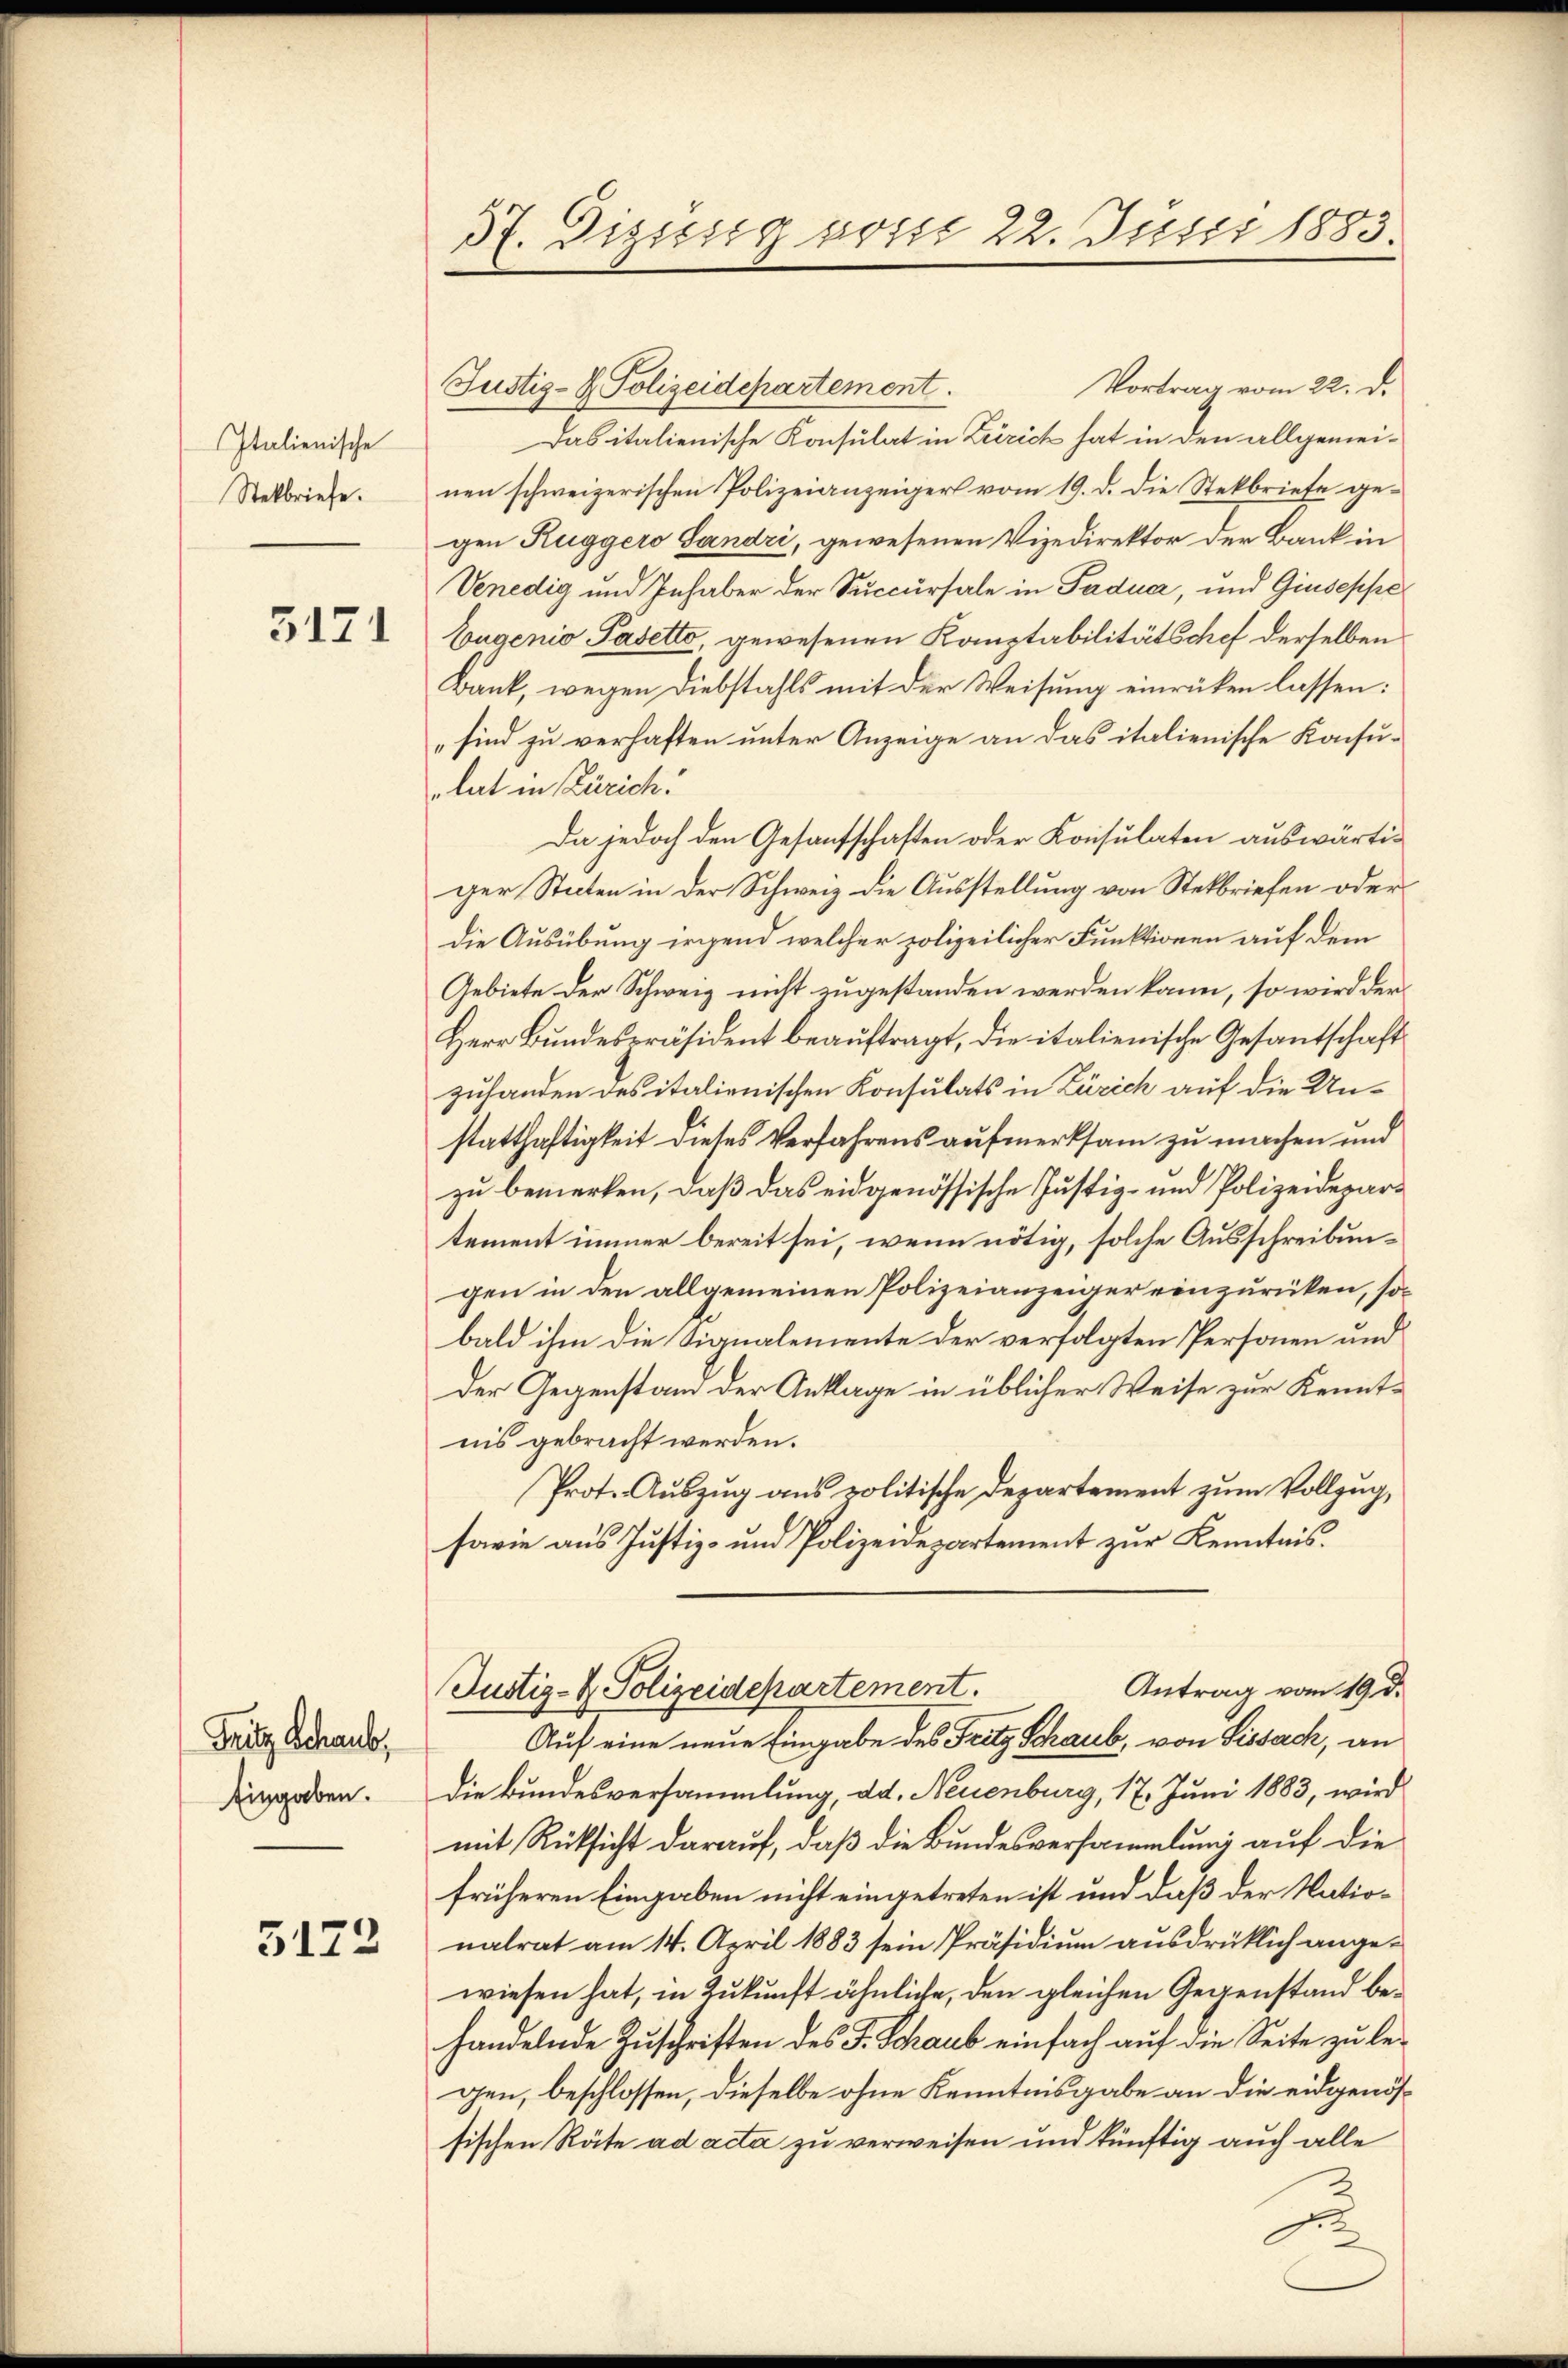
Italienische
Stekbriefe.

5171

Fritz Schaub,
Eingaben.

5122

37. Dissesig vorst 22. Junii 1883.

Vortrag vom 22. d.
Justiz- & Polizeidepartement.
Das italienische Konsulat in Zürich hat in den allgemei-
nen schweizerischen Polizeianzeiger vom 19. d. die Stekbriefe gegen Kuggers Gandzi, gewesenen Vizedirektor der Bank in
Venedig und Inhaber der Succursale in Padua, und Giuseppe¬
Eugenio Pasetto, gewesenen Komptabilitätschef derselben
Bank, wegen Diebstahls mit der Weisung einrücken lassen:
sind zu verhaften unter Anzeige an das italienische Konsu-
lat in Zürich.
Da jedoch den Gesantschaften oder Konsulaten auswärtiger Staten in der Schweiz die Ausstellung von Stekbriefen oder
die Ausübung irgend welcher polizeilicher Funktionen auf dem
Gebiete der Schweiz nicht zugestanden werden kann, so wird der
Herr Bundespräsident beauftragt, die italienische Gesantschaft
zuhanden des italienischen Konsulats in Zürich auf die Unstatthaftigkeit dieses Verfahrens aufmerksam zu machen und
zu bemerken, daß das eidgenössische Justiz- und Polizeidepartement immer bereit sei, wenn nötig, solche Ausschreibungen in den allgemeinen Polizeianzeiger einzurücken, sobald ihm die Signalemente der verfolgten Personen und
Der Gegenstand der Anklage in üblicher Weise zur Kenntnis gebracht werden.
Prot. Auszug aus politische Departement zum Vollzug,
sowie aus Justiz- und Polizeidepartement zur Kenntnis.
Antrag vom 19. d.
Justiz- & Polizeidepartement.
Auf eine neue Eingabe des Fritz Schaub, von Sissach, an
Die Bundesversammlung, dd. Neuenburg, 17. Juni 1883, wird
mit Rücksicht darauf, daß die Bundesversammlung auf die
früheren Eingaben nicht eingetreten ist und daß der Nationalrat am 14. April 1883 sein Präsidium ausdrücklich angewiesen hat, in Zukunft ähnliche, den gleichen Gegenstand behandelnde Zuschriften des F. Schaub einfach auf die Seite zu legen, beschlossen, dieselbe ohne Kenntnisgabe an die eidgenössischen Räte ad acta zu verweisen und künftig auch alle
ge